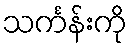
သင်္ကန်းကို